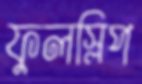
ফুলস্লিপ